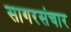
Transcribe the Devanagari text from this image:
सागरसंचार